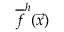
\overline { { f } } ^ { h } ( \vec { x } )